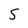
Character: 5